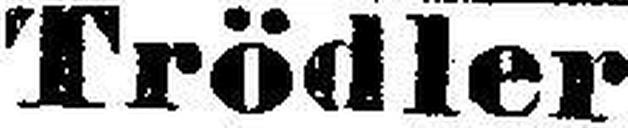
Trödler